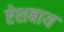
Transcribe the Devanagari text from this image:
ऐशबाय